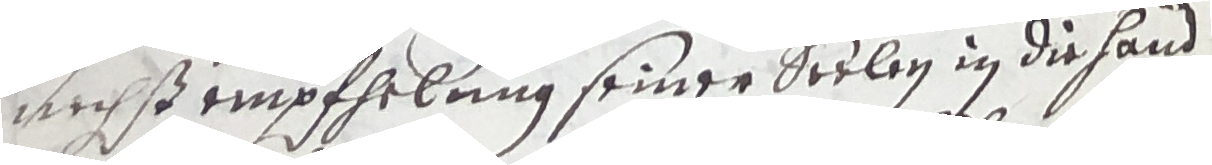
nechst empfhelung seiner seelen in die hand